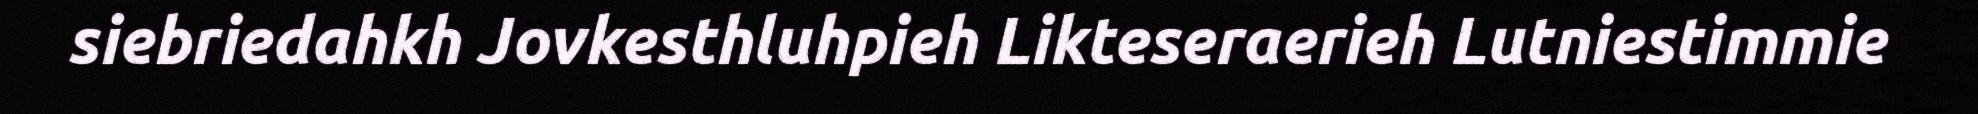
siebriedahkh Jovkesthluhpieh Likteseraerieh Lutniestimmie